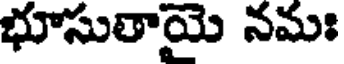
భూసులాయై నమః